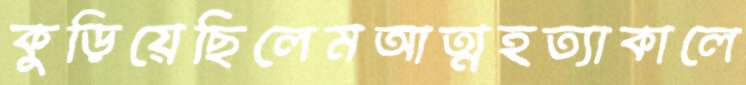
কুড়িয়েছিলেমআত্মহত্যাকালে